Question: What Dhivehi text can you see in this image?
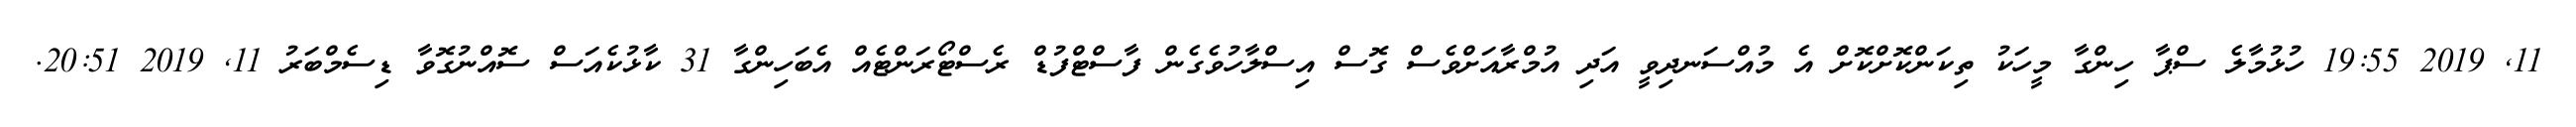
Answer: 11, 2019 19:55 ހުޅުމާލެ ސްޕާ ހިންގާ މީހަކު ތިކަންކޮށްކޮށް އެ މުއްސަނދިވީ އަދި އުމްރާއަށްވެސް ގޮސް އިސްލާހުވެގެން ފާސްޓްފުޑް ރެސްޓޯރަންޓެއް އެބަހިންގާ 31 ކާޅުކެއަސް ސޮއްނުގޮވާ ޑިސެމްބަރު 11, 2019 20:51.